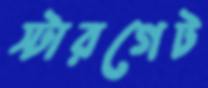
স্টারগেট